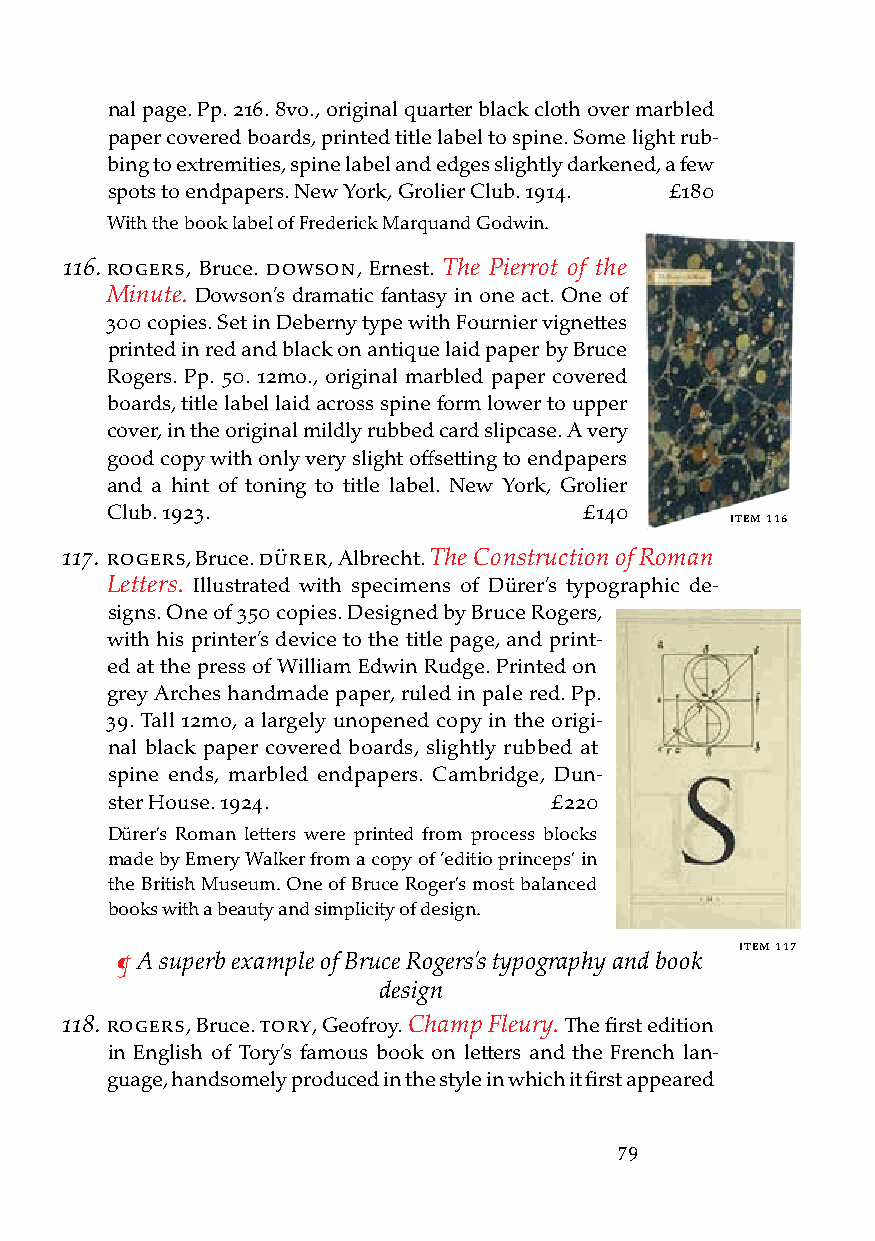
nal page. Pp. 216. 8vo., original quarter black cloth over marbled
 paper covered boards, printed title label to spine. Some light rub-
 bing to extremities, spine label and edges slightly darkened, a few
 spots to endpapers. New York, Grolier Club. 1914. £180
 With the book label of Frederick Marquand Godwin.
 116. rogers, Bruce. doWson, Ernest. The Pierrot of the
 Minute. Dowson’s dramatic fantasy in one act. One of
 300 copies. Set in Deberny type with Fournier vignettes
 printed in red and black on antique laid paper by Bruce
 Rogers. Pp. 50. 12mo., original marbled paper covered
 boards, title label laid across spine form lower to upper
 cover, in the original mildly rubbed card slipcase. A very
 good copy with only very slight offsetting to endpapers
 and a hint of toning to title label. New York, Grolier
 Club. 1923.                     £140
 iteM 116
 117. rogers, Bruce. dÜrer, Albrecht. The Construction of Roman
 Letters. Illustrated with specimens of Dürer’s typographic de-
 signs. One of 350 copies. Designed by Bruce Rogers,
 with his printer’s device to the title page, and print-
 ed at the press of William Edwin Rudge. Printed on
 grey Arches handmade paper, ruled in pale red. Pp.
 39. Tall 12mo, a largely unopened copy in the origi-
 nal black paper covered boards, slightly rubbed at
 spine ends, marbled endpapers. Cambridge, Dun-
 ster House. 1924.            £220
 Dürer’s Roman letters were printed from process blocks
 made by Emery Walker from a copy of ‘editio princeps’ in
 the British Museum. One of Bruce Roger’s most balanced
 books with a beauty and simplicity of design.
 iteM 117
 ¶ A superb example of Bruce Rogers’s typography and book
 design
 118. rogers, Bruce. tory, Geofroy. Champ Fleury. The first edition
 in English of Tory’s famous book on letters and the French lan-
 guage, handsomely produced in the style in which it first appeared
 79